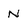
Character: N